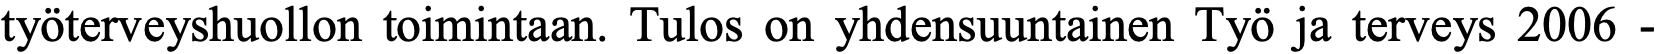
työterveyshuollon toimintaan. Tulos on yhdensuuntainen Työ ja terveys 2006 -